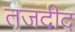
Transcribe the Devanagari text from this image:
तजदीद